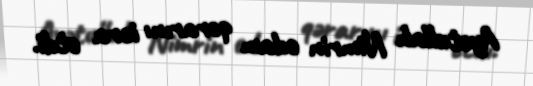
Ayətullah Nimrin edam qərarını icra etdi.